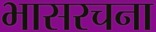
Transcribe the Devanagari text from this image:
भासरचना